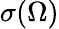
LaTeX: \sigma(\Omega)